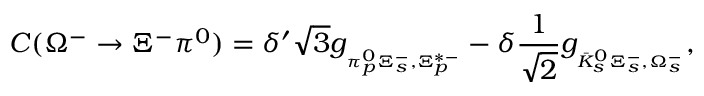
{ \cal C } ( \Omega ^ { - } \to \Xi ^ { - } \pi ^ { 0 } ) = \delta ^ { \prime } \sqrt { 3 } g _ { { } _ { \pi _ { p } ^ { 0 } \Xi _ { s } ^ { - } , \Xi _ { p } ^ { * - } } } - \delta \frac { 1 } { \sqrt { 2 } } g _ { { } _ { \bar { K } _ { s } ^ { 0 } \Xi _ { s } ^ { - } , \Omega _ { s } ^ { - } } } ,